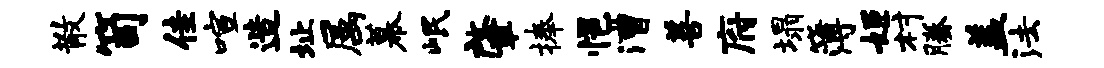
散笥佳喧造址属幕岷肇捧悒漕善府塌簿姬村腾盖法